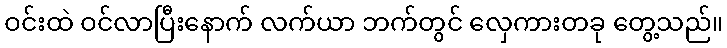
ဝင်းထဲ ဝင်လာပြီးနောက် လက်ယာ ဘက်တွင် လှေကားတခု တွေ့သည်။